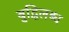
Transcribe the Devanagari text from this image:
बुद्धिलब्ध